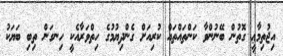
އިޖުތިމާޢީ ގޮތުން ބޭނުންވާ ކަންތައްތައް ކުރިއަށް ގެންދިޔުމުގެ ހިތްވަރާއެކީ ހިނގަން ތިބި ބަޔަކު